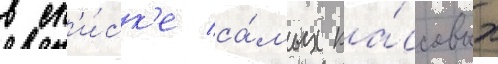
в сп'и́ск'е са́мых ка́ссовых